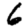
Digit: 6